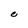
Character: e